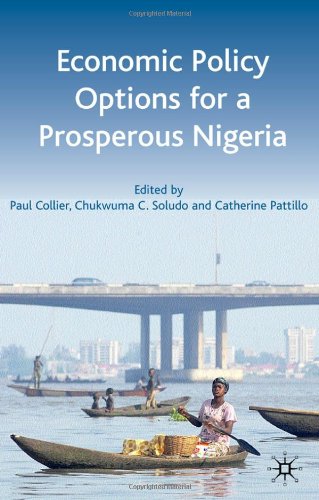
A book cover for Economic Policy Options for a Prosperous Nigeria; History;